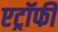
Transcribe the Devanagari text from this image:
एट्रॉफी